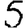
Digit: 5